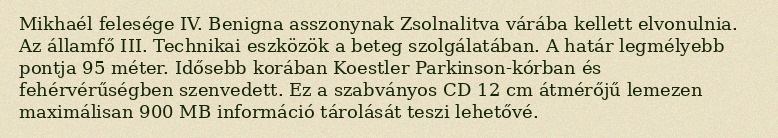
Mikhaél felesége IV. Benigna asszonynak Zsolnalitva várába kellett elvonulnia. Az államfő III. Technikai eszközök a beteg szolgálatában. A határ legmélyebb pontja 95 méter. Idősebb korában Koestler Parkinson-kórban és fehérvérűségben szenvedett. Ez a szabványos CD 12 cm átmérőjű lemezen maximálisan 900 MB információ tárolását teszi lehetővé.